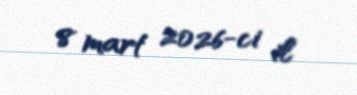
8 mart 2026-ci il